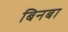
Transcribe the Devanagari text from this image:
बिनबा